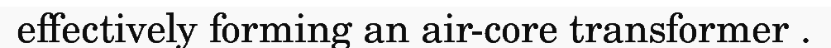
effectively forming an air-core transformer .